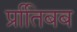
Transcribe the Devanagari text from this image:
प्रतििबब